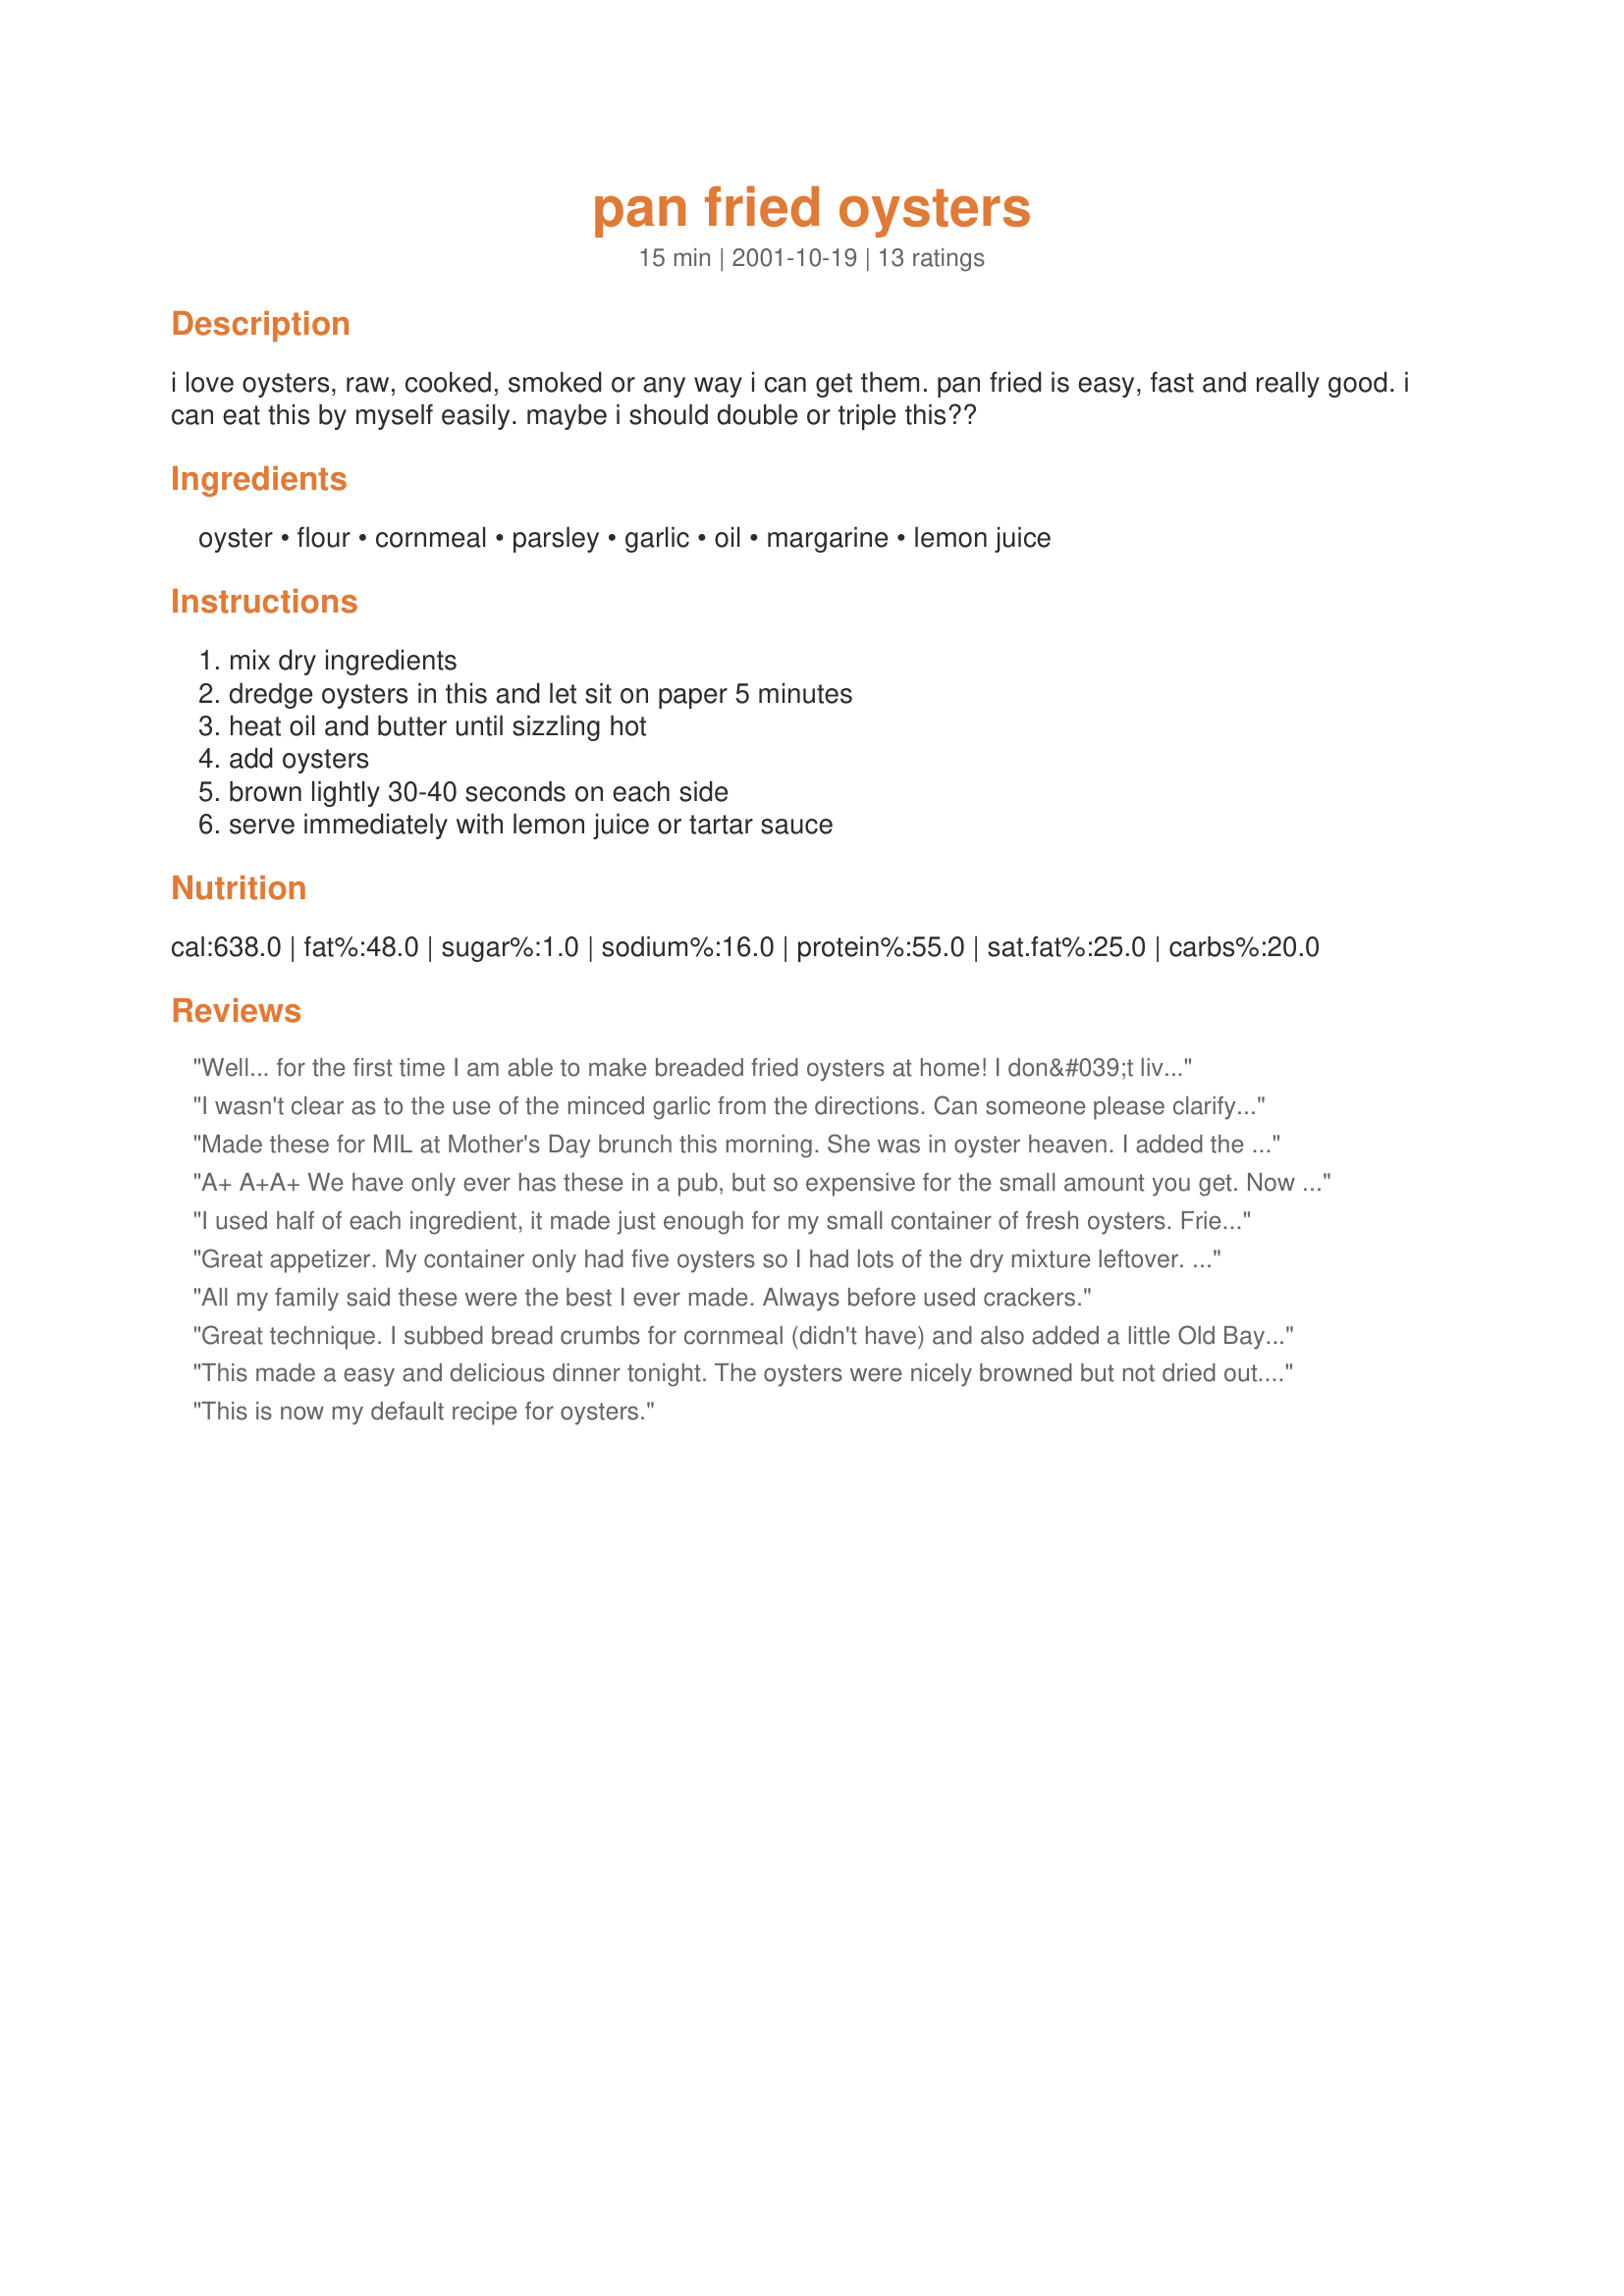
pan fried oysters
Preparation time: 15 minutes

i love oysters, raw, cooked, smoked or any way i can get them. pan fried is easy, fast and really good. i can eat this by myself easily. maybe i should double or triple this??

Ingredients:
oyster, flour, cornmeal, parsley, garlic, oil, margarine, lemon juice

Steps:
mix dry ingredients, dredge oysters in this and let sit on paper 5 minutes, heat oil and butter until sizzling hot, add oysters, brown lightly 30-40 seconds on each side, serve immediately with lemon juice or tartar sauce

Reviews:
Well... for the first time I am able to make breaded fried oysters at home! I don&#039;t live near he ocean (AZ) so when the grocery store has them for me to purchase as already taken out of the shell I have tried repeatedly to fry/make them failing every time. With these simple techniques and prep pointers I am SET. Today was a happy day for me and I will print out and keep this recipe in my master file. Thank you soooo much for posting it!
I wasn't clear as to the use of the minced garlic from the directions. Can someone please clarify this for me?
Made these for MIL at Mother's Day brunch this morning. She was in oyster heaven. I added the garlic along with the oysters in step 4 and garnished with the parsley after cooking.
A+ A+A+
We have only ever has these in a pub, but so expensive for the small amount you get.
Now that we can make them..We Love this recipe..They are the best weâ€™ve ever had.
I cannot wait to have them again. Really!! I want them right now!!
We had them with our Beer Steamed Mussels and homemade cocktail sauce.
Thank you!!
I used half of each ingredient, it made just enough for my small container of fresh oysters. Fried them in butter/oil mixture. Very tasty way to serve oysters as an appetizer!
Great appetizer. My container only had five oysters so I had lots of the dry mixture leftover. Next time I will make half that portion. Very quick and easy.
All my family said these were the best I ever made.
Always before used crackers.
Great technique. I subbed bread crumbs for cornmeal (didn't have) and also added a little Old Bay seasoning to the flour mixture.Thanks for recipe.
This made a easy and delicious dinner tonight. The oysters were nicely browned but not dried out. The only complaint, and this is just nit-picking, is that the 1/2 cup each of flour and cornmeal seemed to be too much. This may depend of the size of the oysters, though. Thank you, Tebo, for a wonderful recipe!
This is now my default recipe for oysters.
I added some cajun seasoning to mine. I wasn't sure when to add the minced garlic so it went it with the oysters. The oysters I used were quite large and I think this would have been better if I had cut them in half. Thanks for sharing this very quick and easy recipe.
Fantastic. Instead of cornmeal I used Italian bread crumbs. Mixed the garlic in with the dried ingredients. I prepared the oysters ahead of time and put on waxed paper and in the frig for an hour before cooking. I cooked them longer than 40 seconds, wanting to be sure they were fully cooked. They tasted great. Will cook again, and again.
I left out the parsley and substituted Old Bay's herb and garlic seasoning. These were incredibly easy and tasted just like restaurant oysters. We used them on po' boys like they do in Louisiana. YUM.
